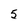
Character: 5